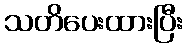
သတိပေးထားပြီး